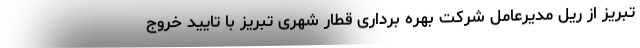
تبریز از ریل مدیرعامل شرکت بهره برداری قطار شهری تبریز با تایید خروج